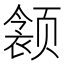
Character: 𲋁